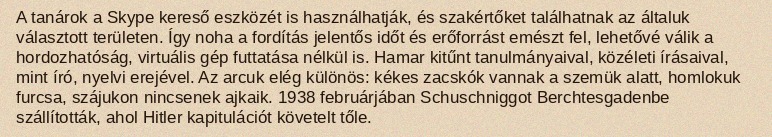
A tanárok a Skype kereső eszközét is használhatják, és szakértőket találhatnak az általuk választott területen. Így noha a fordítás jelentős időt és erőforrást emészt fel, lehetővé válik a hordozhatóság, virtuális gép futtatása nélkül is. Hamar kitűnt tanulmányaival, közéleti írásaival, mint író, nyelvi erejével. Az arcuk elég különös: kékes zacskók vannak a szemük alatt, homlokuk furcsa, szájukon nincsenek ajkaik. 1938 februárjában Schuschniggot Berchtesgadenbe szállították, ahol Hitler kapitulációt követelt tőle.